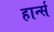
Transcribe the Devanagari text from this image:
हार्न्स